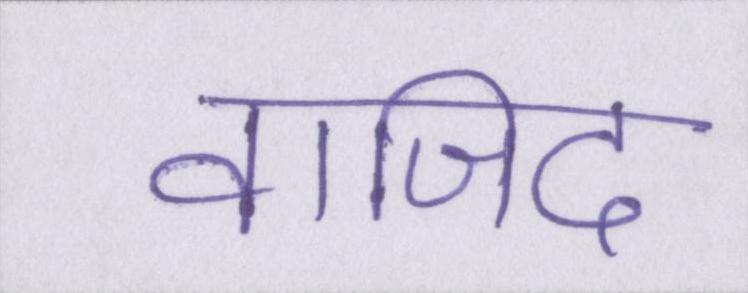
वाजिद